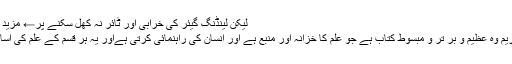
لیکن لینڈنگ گیئر کی خرابی اور ٹائر نہ کھل سکنے پر← مزید پڑھیے
قرآن کریم وہ عظیم و بر تر و مبسوط کتاب ہے جو علم کا خزانہ اور منبع ہے اور انسان کی راہنماِئی کرتی ہےاور یہ ہر قسم کے علم کی اساس ہے۔